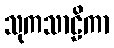
သုကသာဠိကာ